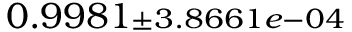
0 . 9 9 8 1 { \scriptstyle \pm 3 . 8 6 6 1 e - 0 4 }